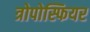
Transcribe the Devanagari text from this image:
त्रोपोस्फियर